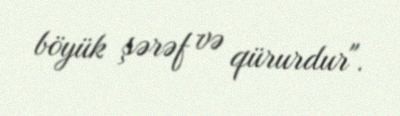
böyük şərəf və qürurdur".